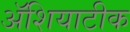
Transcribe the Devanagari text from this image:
ॲशियाटीक